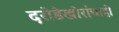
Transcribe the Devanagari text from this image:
दरोडेखोरांचाही